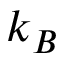
k _ { B }